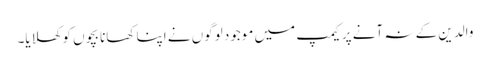
والدین کے نہ آنے پر کیمپ میں موجود لوگوں نے اپنا کھانا بچوں کو کھلایا۔